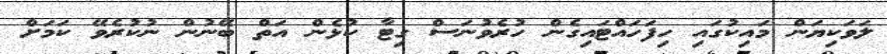
ލަވަކިޔަން މައިކުގައި ހިފަހައްޓައިގެން ހުރެވުނަސް ގިޓާ ކުޅެން އަތް ބޭނުން ނުކުރެވޭ ކަމަށް